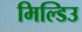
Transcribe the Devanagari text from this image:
मिल्डिउ